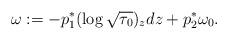
LaTeX: \begin{align*}\omega:=-p_1^*(\log\sqrt{\tau_0})_zdz+p_2^*\omega_0.\end{align*}